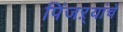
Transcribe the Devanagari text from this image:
पिंजऱ्यांचे